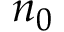
n _ { 0 }